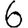
Digit: 6